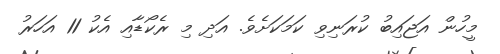
މީހުން އަޖައިބު ކުރަނިވި ކަމަކަށެވެ. އަދި މި ރެކޯޑާއި އެކު 11 އަހަރު